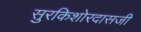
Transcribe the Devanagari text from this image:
सुरकिशोरदासजी